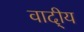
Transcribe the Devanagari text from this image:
वादी्य